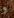
و